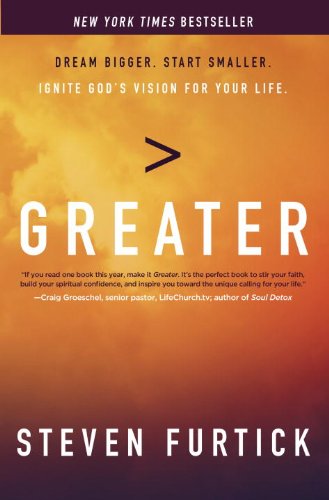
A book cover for Greater: Dream Bigger. Start Smaller. Ignite God's Vision for Your Life.; Steven Furtick; Christian Books & Bibles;